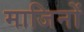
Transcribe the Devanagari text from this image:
माजिनों